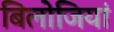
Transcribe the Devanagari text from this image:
बिलोजियां